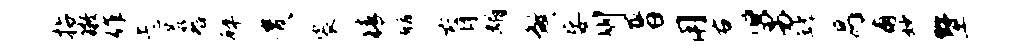
拈徵作忐恭群碎贵裟猜麟肓媚煞妄州晋用右舅罅舄甫妙墅